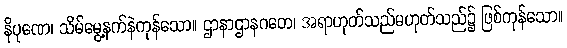
နိပုဏေ၊ သိမ်မွေ့နက်နဲကုန်သော။ ဌာနာဌာနဂတေ၊ အရာဟုတ်သည်မဟုတ်သည်၌ ဖြစ်ကုန်သော။